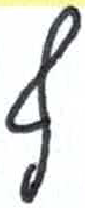
אות: ף